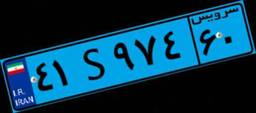
۴۱S۹۷۴۶۰